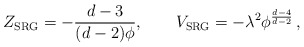
\begin{align*} Z_{\mathrm{SRG}} = -\frac{d-3}{(d-2)\phi}, \qquad V_{\mathrm{SRG}} = -\lambda^2 \phi^{\frac{d-4}{d-2}} \, ,\end{align*}